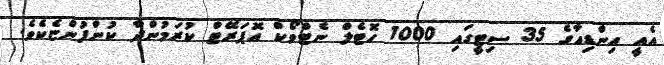
އެއީ އިންޑިއާގެ 35 ސިޓީގައި 1000 ހޮޓެލް ނެޓްވޯކް އޮޕަރޭޓް ކުރަމުންދާ ކުންފުންޏެކެވެ.